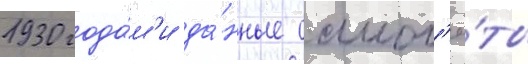
1930 года́м'и да́нные самол'ё́ты